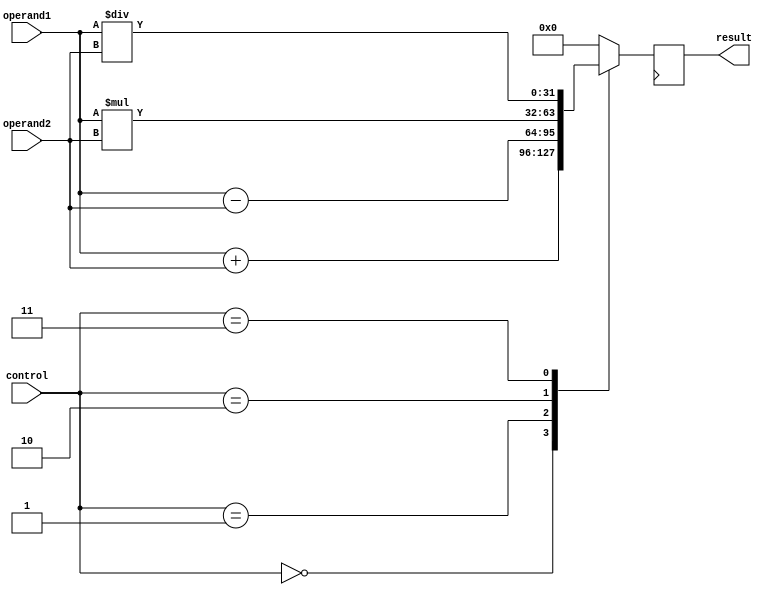
module floating_point_alu(

input [31:0] operand1,
input [31:0] operand2,
input [3:0] control,
output reg [31:0] result
);

reg [31:0] result_reg;

always @(*)
begin
    case(control)
        4'b0000: result_reg = operand1 + operand2; // addition
        4'b0001: result_reg = operand1 - operand2; // subtraction
        4'b0010: result_reg = operand1 * operand2; // multiplication
        4'b0011: result_reg = operand1 / operand2; // division
        default: result_reg = 32'b0; // default case
    endcase
end

always @(posedge clk)
begin
    result <= result_reg;
end

endmodule